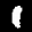
Label: 1